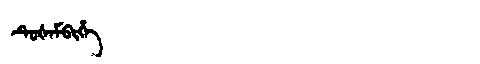
Manchu: ᡨᡠᡧᠠᠮᠪᡳᡥᡝ
Romanization: TUŠAMBIHE